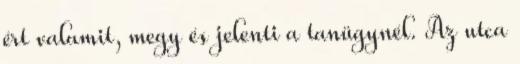
ért valamit, megy és jelenti a tanügynél. Az utca